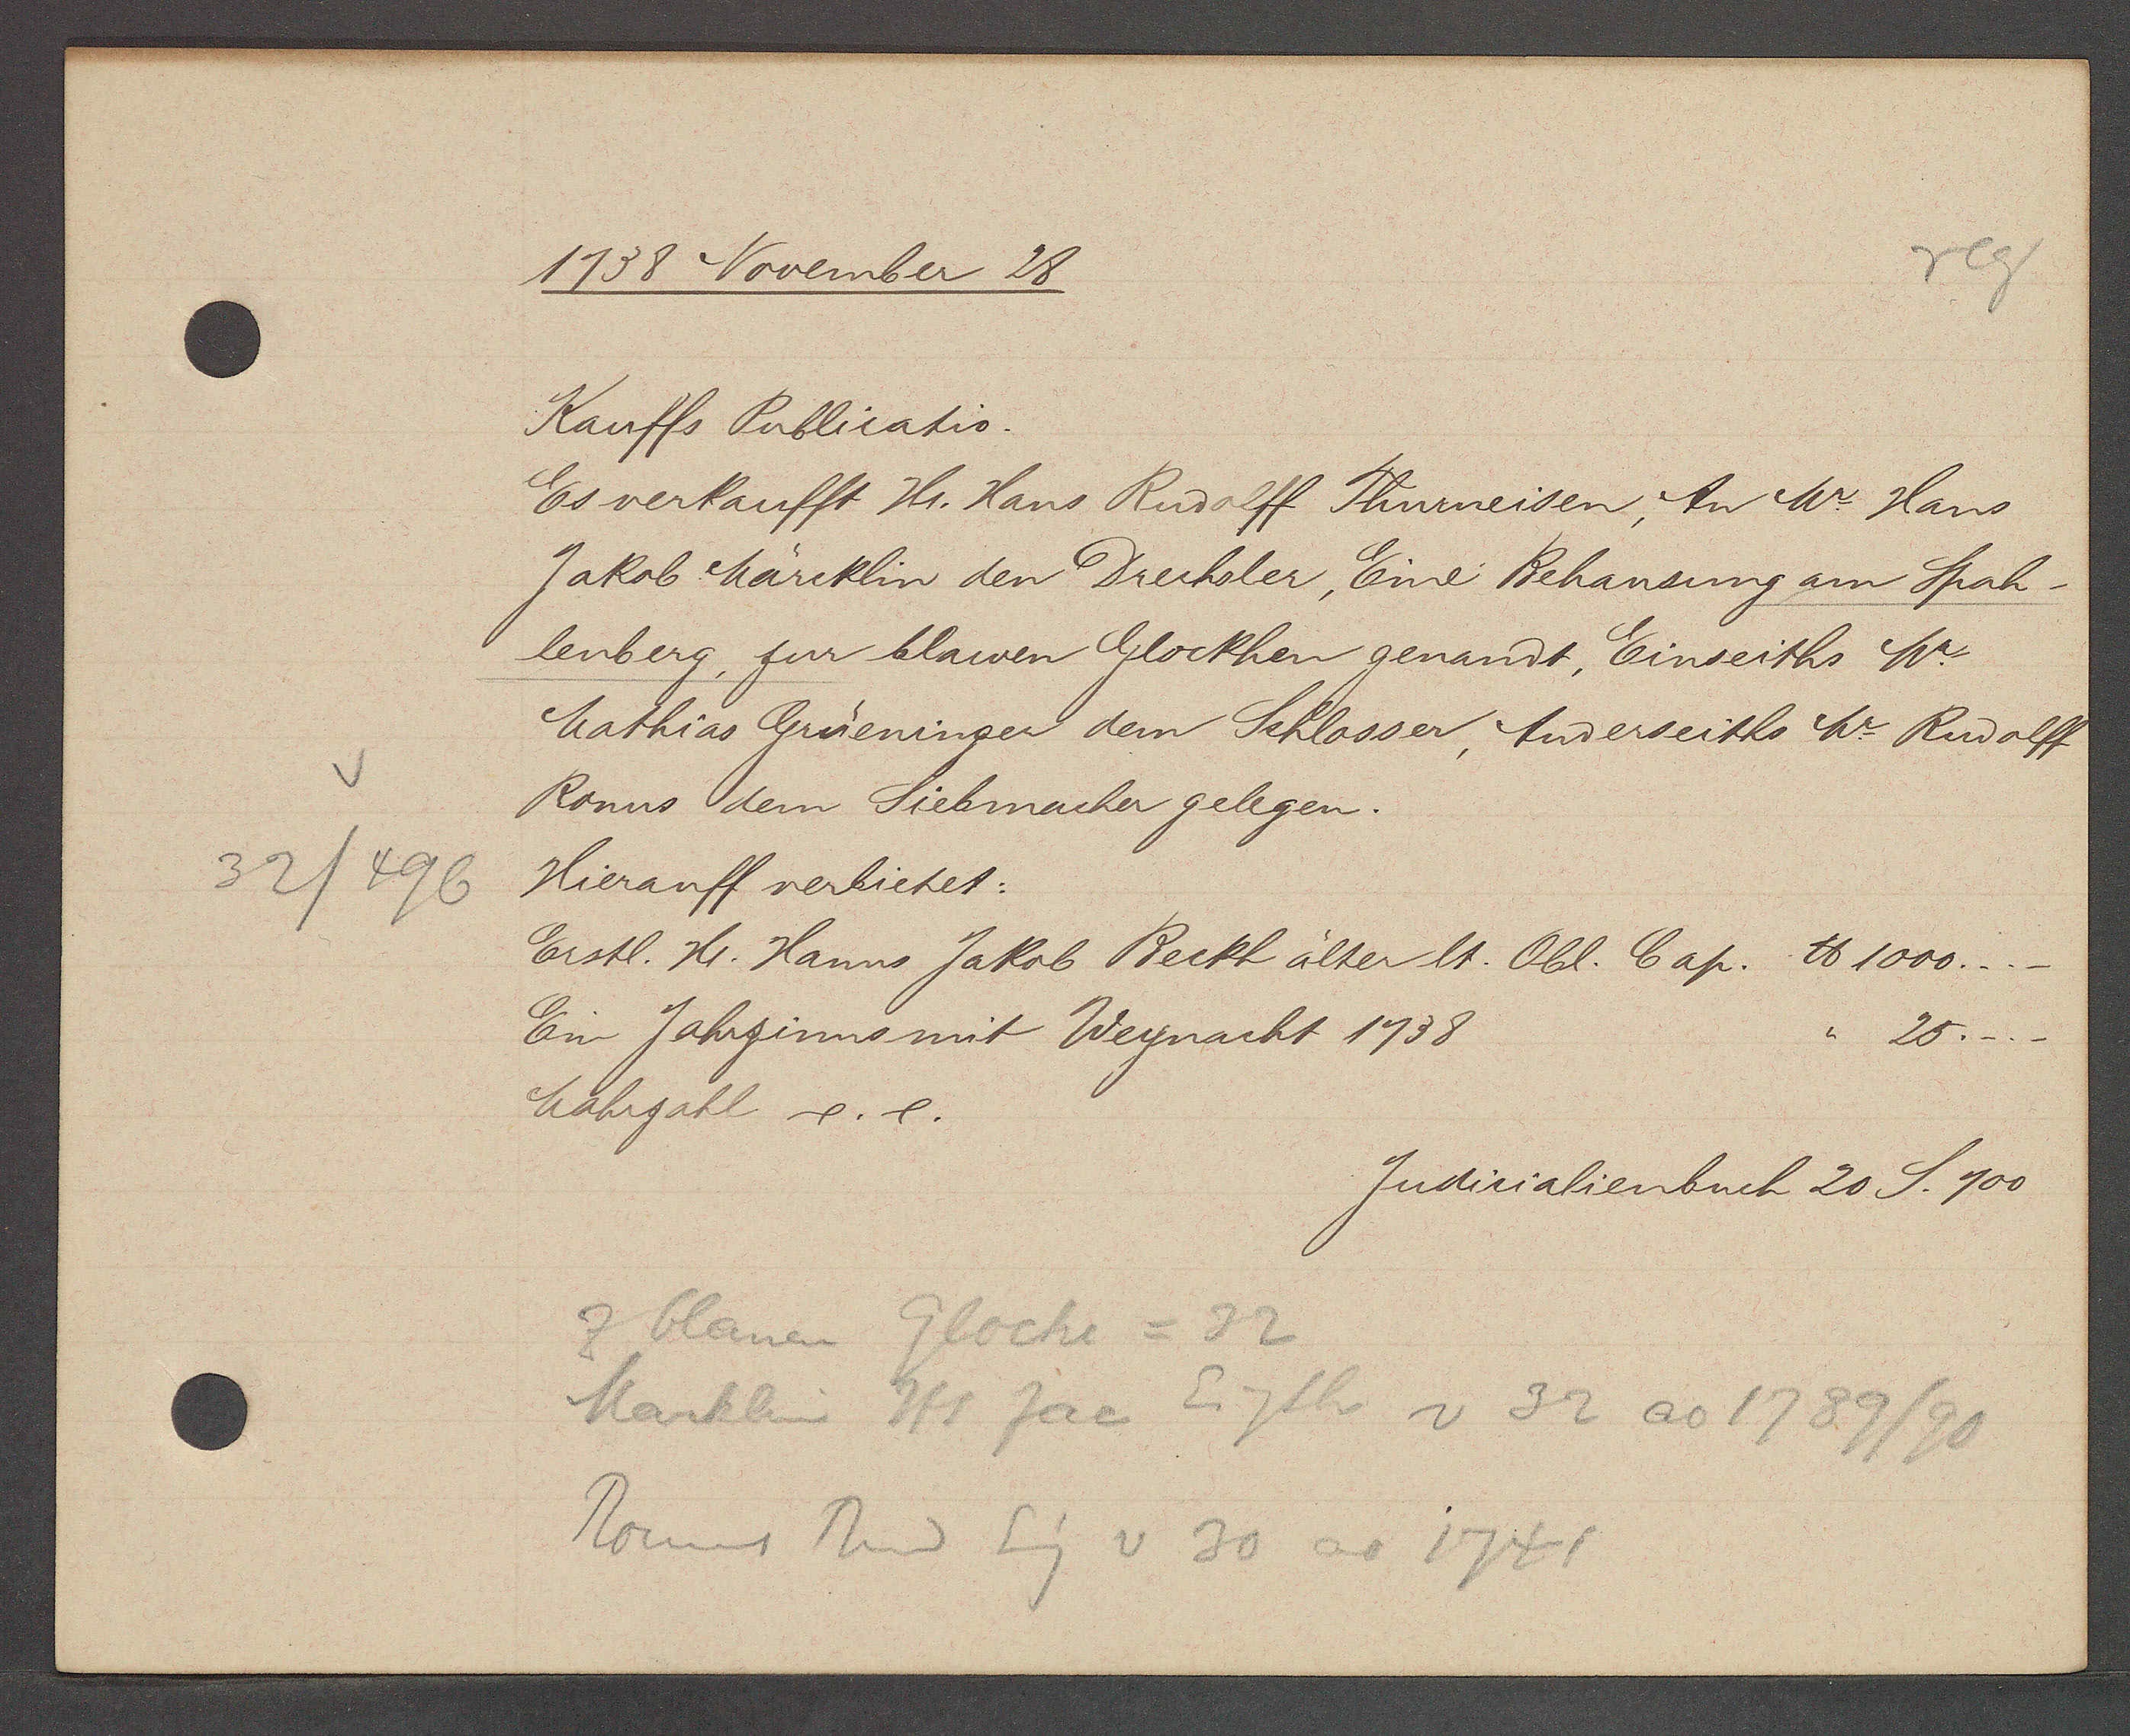
Transcript:
32/496

1738 November 28

Kauffs Publicatio.
Es verkaufft Hr. Hans Rudolff Thurneisen, An Mr. Hans
Jakob Märcklin den Drechsler, Eine Behausung am Spah¬
lenberg, zur blawen Glockhen genandt, Einseiths Mr.
Mathias Grüeninger dem Schlosser, Anderseiths Mr. Rudolff
Ronns dem Siebmacher gelegen.
Hierauff verbietet:
Erstl. Hr. Hanns Jakob Beckh älter lt. Obl. Cap. ℔ 1000.
25.
Ein Jahrzinns mit Weynacht 1738
Mahrzahl e. 6.

Judicialienbuch 20 S. 100

z blauen Glocke = 32
Marklin Hs Jac Eigth v 32 ao 1789/90
Ronns Rud Eig v 30 ao 1741